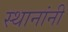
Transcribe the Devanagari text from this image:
स्थानांनी